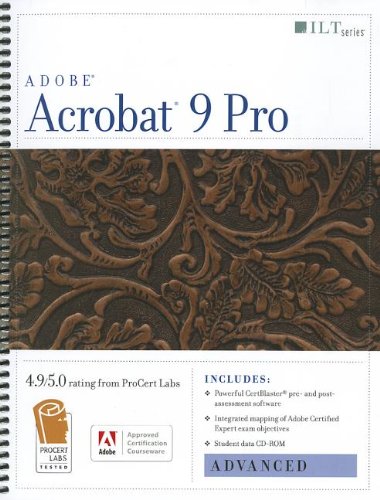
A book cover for Acrobat 9 Pro: Advanced, Ace Edition (Ilt); Computers & Technology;